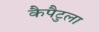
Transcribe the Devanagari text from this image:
कैपैटुला